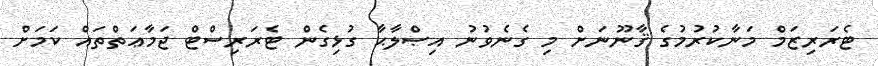
ޓެރަރިޒަމް މަނާކުރުމުގެ ޤާނޫނަށް މި ގެނެވުނު އިޞްލާޙާ ގުޅިގެން ޓެރަރިސްޓް ޖަމާޢަތްތައް ކަމަށް